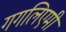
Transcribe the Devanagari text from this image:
गगलिएमी